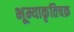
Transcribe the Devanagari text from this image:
भूम्याकृतिचक्र